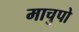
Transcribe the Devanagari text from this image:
माचुपो